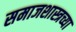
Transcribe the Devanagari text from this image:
समाजशास्त्रच्या